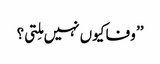
’’ وفا کیوں نہیں مِلتی؟